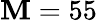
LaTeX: \mathbf{M}=55